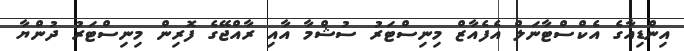
އިންޑިއާގެ އެކްސްޓާނަލް އެފެއާޒް މިނިސްޓަރު ސުޝްމާ އާއި ރާއްޖޭގެ ފޮރިން މިނިސްޓަރު ދުންޔާ